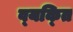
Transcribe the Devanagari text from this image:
व्‍यक्‍ति